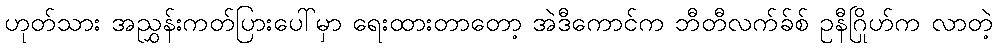
ဟုတ်သား အညွှန်းကတ်ပြားပေါ်မှာ ရေးထားတာတော့ အဲဒီကောင်က ဘီတီလက်ခ်စ် ဥနီဂြိုဟ်က လာတဲ့